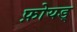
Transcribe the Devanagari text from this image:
फ़ोयड्